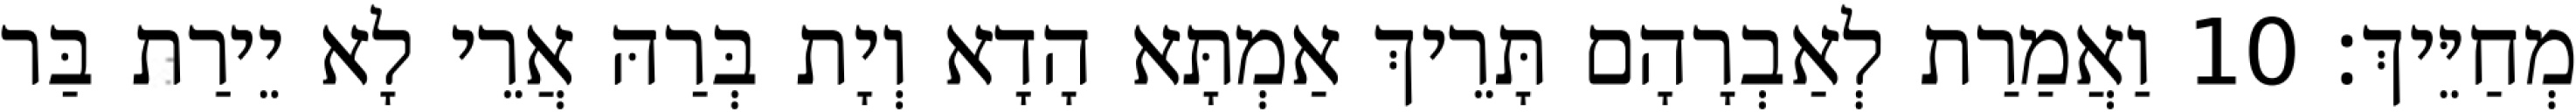
מְחַיֵּיךְ׃ 10 וַאֲמַרַת לְאַבְרָהָם תָּרֵיךְ אַמְתָּא הָדָא וְיָת בְּרַהּ אֲרֵי לָא יֵירַת בַּר